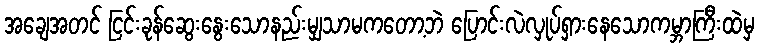
အချေအတင် ငြင်းခုန်ဆွေးနွေးသောနည်းမျှသာမကတော့ဘဲ ပြောင်းလဲလှုပ်ရှားနေသောကမ္ဘာကြီးထဲမှ